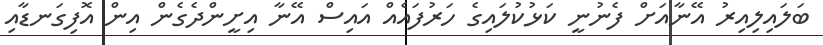
ބަލައިލިއިރު އޭނާއަށް ފެނުނީ ކަޅުކުލައިގެ ހަރުފައެއް އައިސް އޭނާ އިށީންދެގެން އިން އޮފިގަނޑާއި